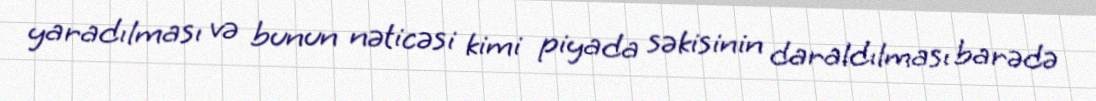
yaradılması və bunun nəticəsi kimi piyada səkisinin daraldılması barədə